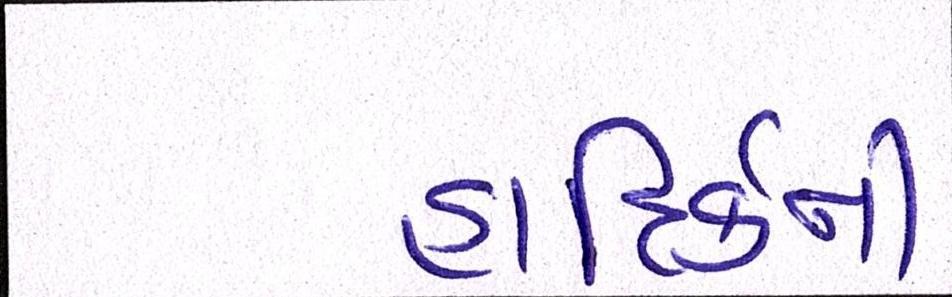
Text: હાદિર્કની